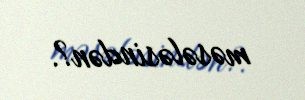
məsələsindən?.